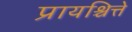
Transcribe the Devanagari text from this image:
प्रायश्चित्ते